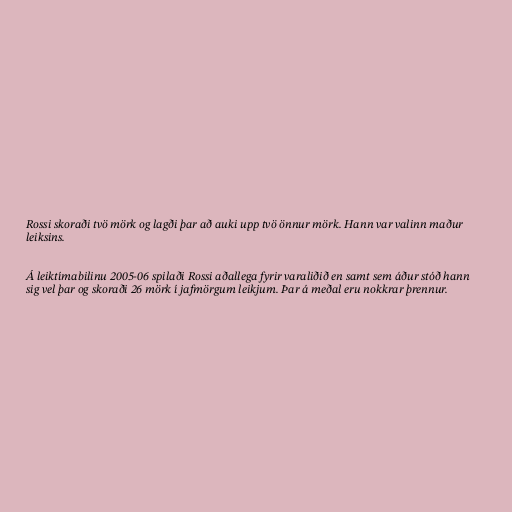
Rossi skoraði tvö mörk og lagði þar að auki upp tvö önnur mörk. Hann var valinn maður
leiksins.

Á leiktímabilinu 2005-06 spilaði Rossi aðallega fyrir varaliðið en samt sem áður stóð hann
sig vel þar og skoraði 26 mörk í jafmörgum leikjum. Þar á meðal eru nokkrar þrennur.